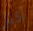
أكثر